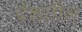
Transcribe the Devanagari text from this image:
देशतील